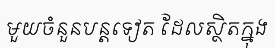
មួយចំនួនបន្តទៀត ដែលស្ថិតក្នុង